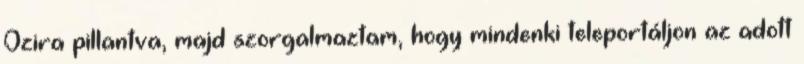
Ozira pillantva, majd szorgalmaztam, hogy mindenki teleportáljon az adott